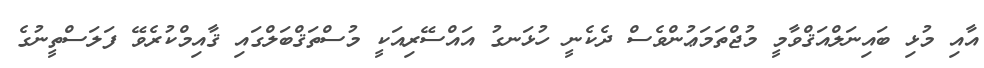
އާއި މުޅި ބައިނަލްއަޤްވާމީ މުޖްތަމަޢުންވެސް ދެކެނީ ހުޅަނގު އައްސޭރިއަކީ މުސްތަޤްބަލްގައި ޤާއިމްކުރެވޭ ފަލަސްތީނުގެ